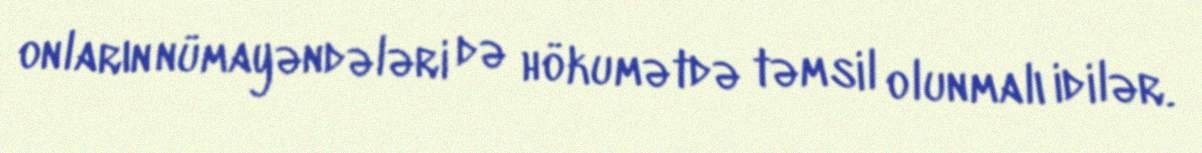
onların nümayəndələri də hökumətdə təmsil olunmalı idilər.